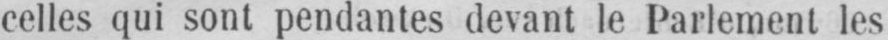
celles qui sont pendantes devant le Parlement les